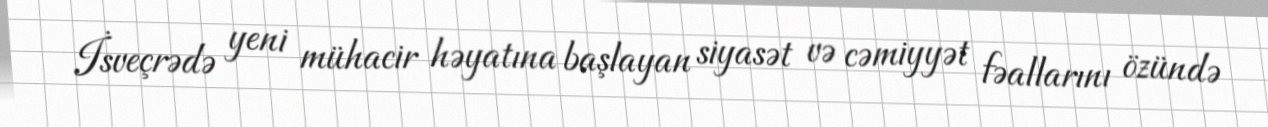
İsveçrədə yeni mühacir həyatına başlayan siyasət və cəmiyyət fəallarını özündə